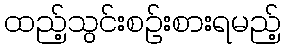
ထည့်သွင်းစဉ်းစားရမည့်